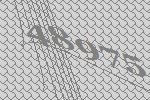
48975